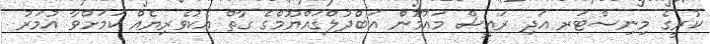
ކުރީގެ މިނިސްޓަރ އަދި ރައީސް މައުމޫން އަބްދުލްޤައްޔޫމްގެ ގާތް އެކުވެރިޔެއް ކަމަށްވާ އުމަރު